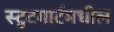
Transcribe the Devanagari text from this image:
स्टुटगार्टमधील